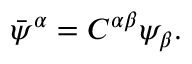
\bar { \psi } ^ { \alpha } = C ^ { \alpha \beta } \psi _ { \beta } .